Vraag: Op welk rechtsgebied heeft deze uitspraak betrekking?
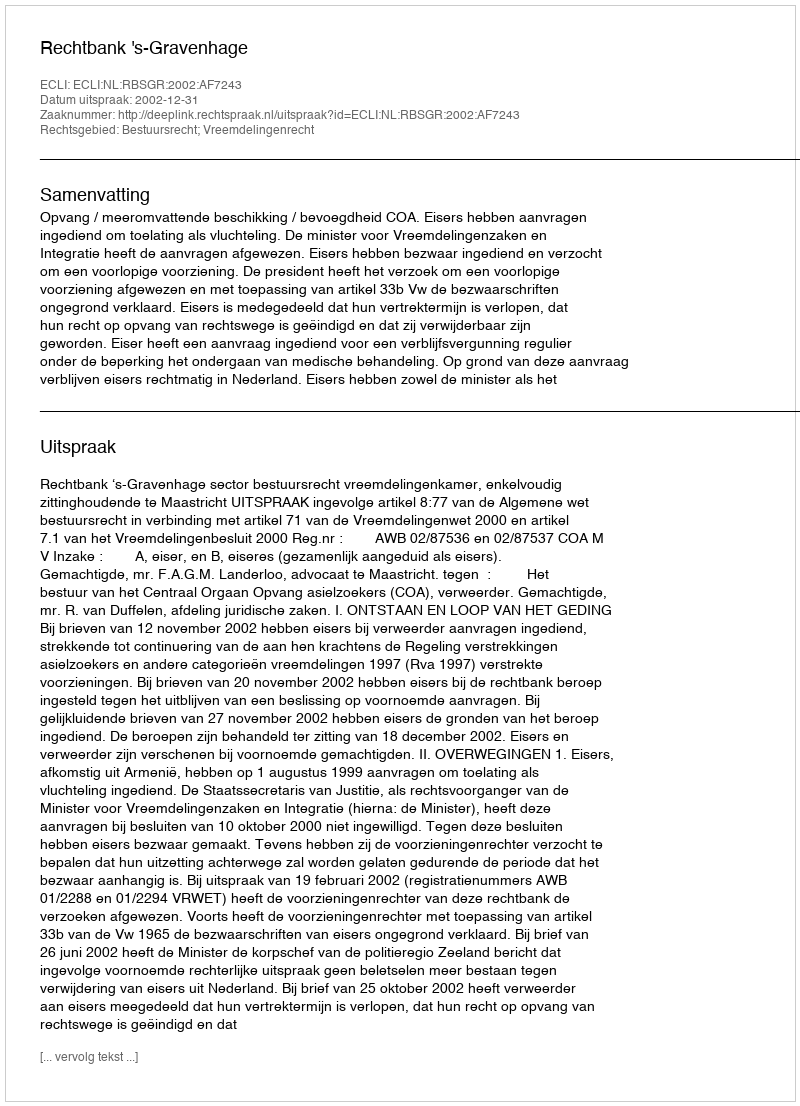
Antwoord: Bestuursrecht; Vreemdelingenrecht